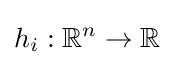
h_{i}:\mathbb {R} ^{n}\to \mathbb {R}